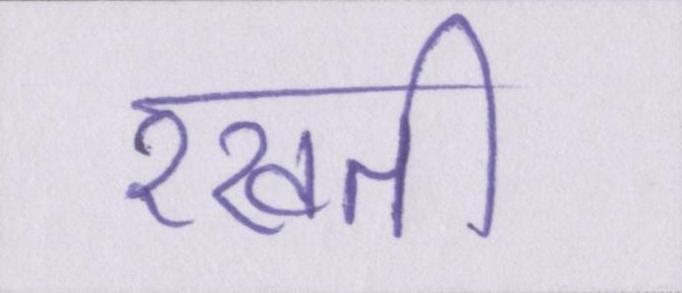
रखती